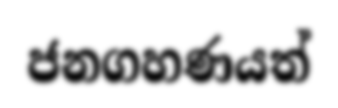
ජනගහණයත්